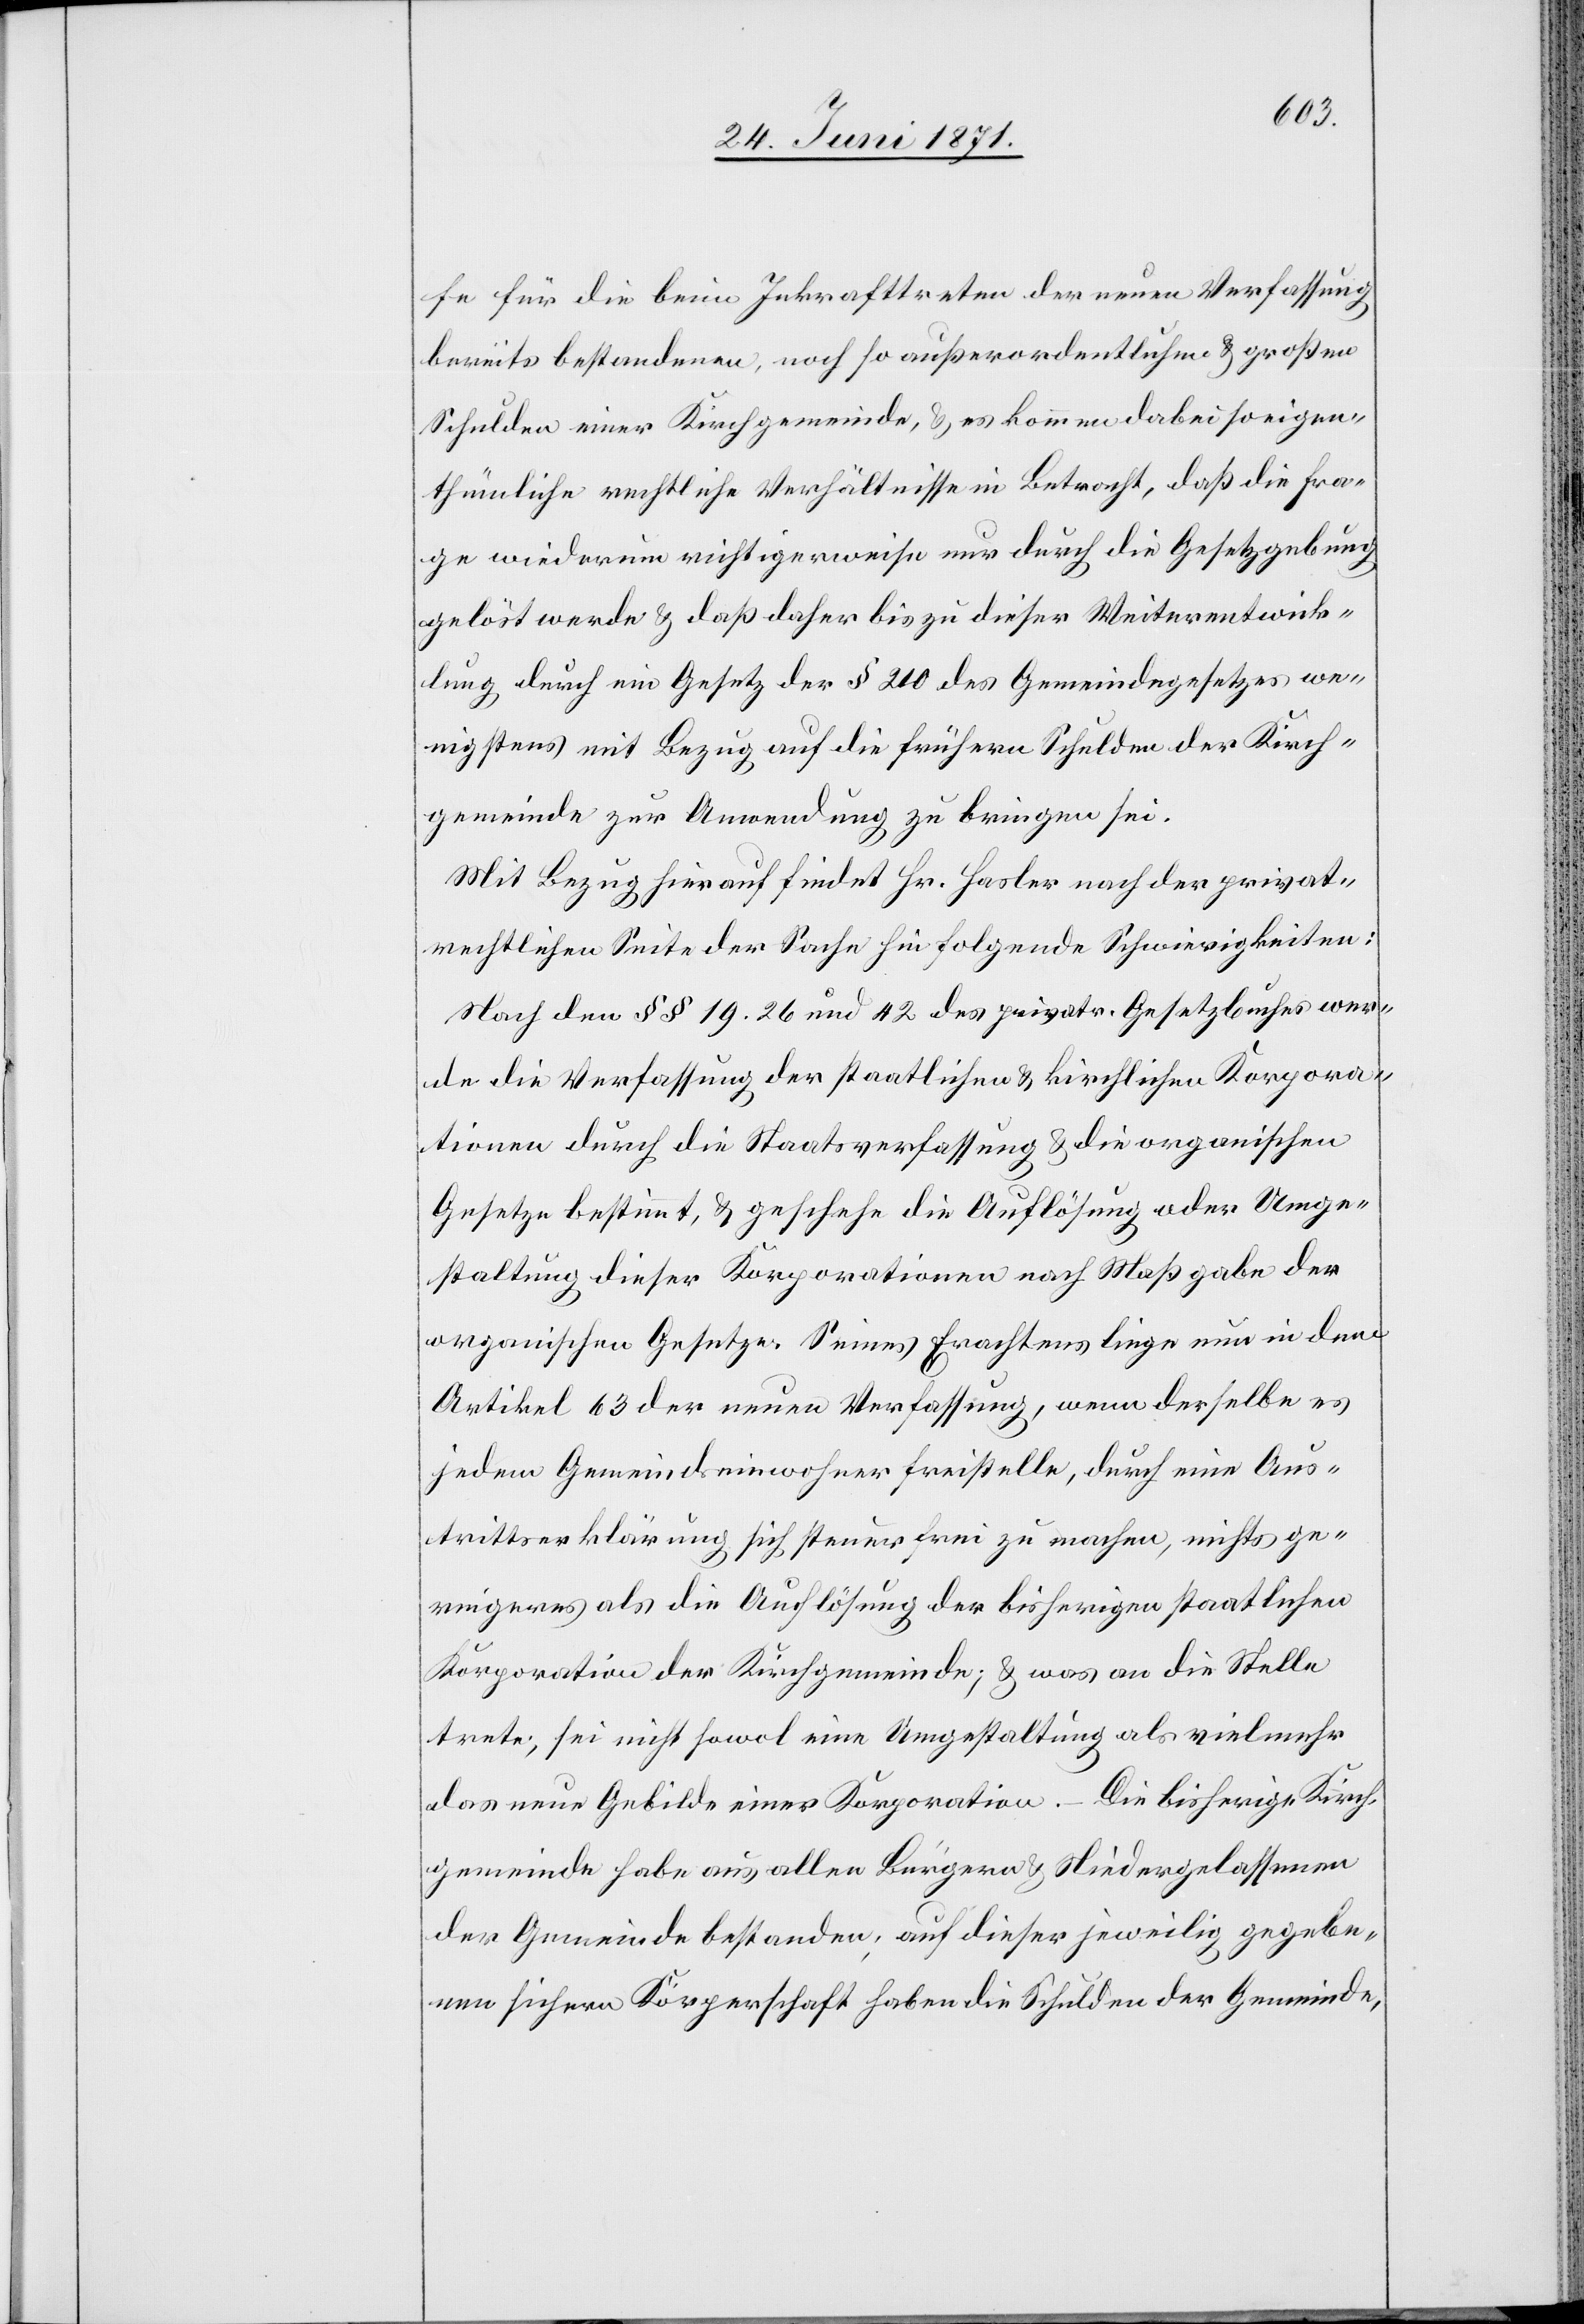
fe für die beim Inkrafttreten der neuen Verfassung
bereits bestandenen, noch so außerordentlichen u. großen
Schulden einer Kirchgemeinde, u. es kommen dabei so eigen¬
thümliche rechtliche Verhältnisse in Betracht, daß die Fra¬
ge wiederum richtigerweise nur durch die Gesetzgebung
gelöst werde u. daß daher bis zu dieser Weiterentwick¬
lung durch ein Gesetz der § 210 des Gemeindegesetzes we¬
nigstens mit Bezug auf die frühern Schulden der Kirch¬
gemeinde zur Anwendung zu bringen sei.
Mit Bezug hierauf findet Hr. Halser nach der privat¬
rechtlichen Seite der Sache hin folgende Schwierigkeiten:
Nach den §§ 19.26 und 42 des privatr. Gesetzbuches wer¬
de die Verfassung der staatlichen u. kirchlichen Korpora¬
tionen durch die Staatsverfassung u. die organischen
Gesetze bestimmt, u. geschehe die Auflösung oder Umge¬
staltung dieser Korporationen nach Maßgabe der
organischen Gesetze. Seines Erachtens liege nun in dem
Artikel 63 der neuen Verfassung, wenn derselbe es
jedem Gemeindeinwohner freistelle, durch eine Aus¬
trittserklärung sich steuerfrei zu machen, nichts ge¬
ringeres als die Auflösung der bisherigen staatlichen
Korporation der Kirchgemeinde; u. was an die Stelle
trete; sei nicht sowol eine Umgestaltung als vielmehr
das neue Gebilde einer Korporation. – Die bisherige Kirch¬
gemeinde habe aus allen Bürgern u. Niedergelassenen
der Gemeinde bestanden; auf dieser jeweilig gegebe¬
nen sichern Körperschaften haben die Schulden der Gemeinde,